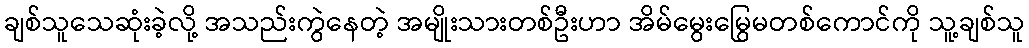
ချစ်သူသေဆုံးခဲ့လို့ အသည်းကွဲနေတဲ့ အမျိုးသားတစ်ဦးဟာ အိမ်မွေးမြွေမတစ်ကောင်ကို သူ့ချစ်သူ